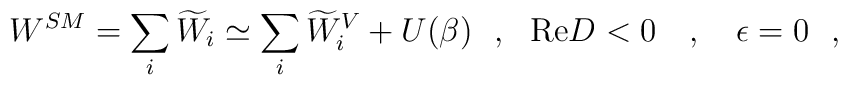
W^{SM}=\sum_i\widetilde{W}_i\simeq\sum_i\widetilde{W}_i^V+U(\beta)~~,~~\mbox{Re}D < 0~~~,~~~\epsilon=0~~,